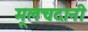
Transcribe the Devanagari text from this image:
मूलचदानी